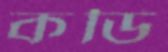
কডি